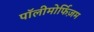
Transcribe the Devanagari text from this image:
पॉलीमोर्फिज़म